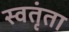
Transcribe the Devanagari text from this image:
स्वतृंता